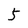
Character: 5